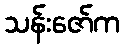
သန်းဇော်က